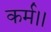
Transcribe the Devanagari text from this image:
कर्म।।